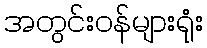
အတွင်းဝန်များရုံး